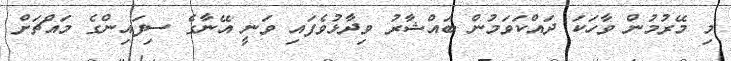
މި މޭރުމުން ވާހަކަ ދައްކަވަމުން ބައްޝާރު ވިދާޅުވެފައި ވަނީ އޭނާގެ ސިފައިންގެ މައްޗަށް